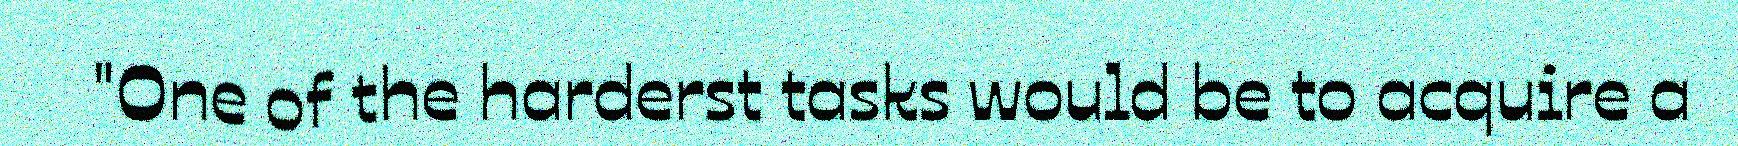
"One of the harderst tasks would be to acquire a